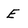
Character: E